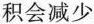
积会减少